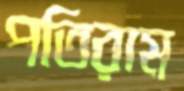
পতিরাম